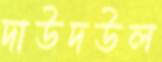
দাউদউল